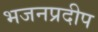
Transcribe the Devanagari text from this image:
भजनप्रदीप